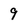
Character: 9